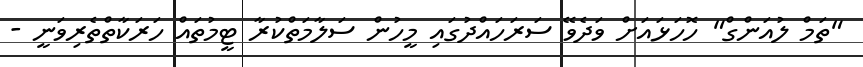
"ތަމް ލުއަންގް" ހޮހަޅައަށް ވަދެވޭ ސަރަހައްދުގައި މީހުން ސަލާމަތްކުރާ ޓީމުތައް ހަރަކާތްތެރިވަނީ -